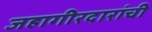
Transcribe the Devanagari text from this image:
जहागीरदारांची